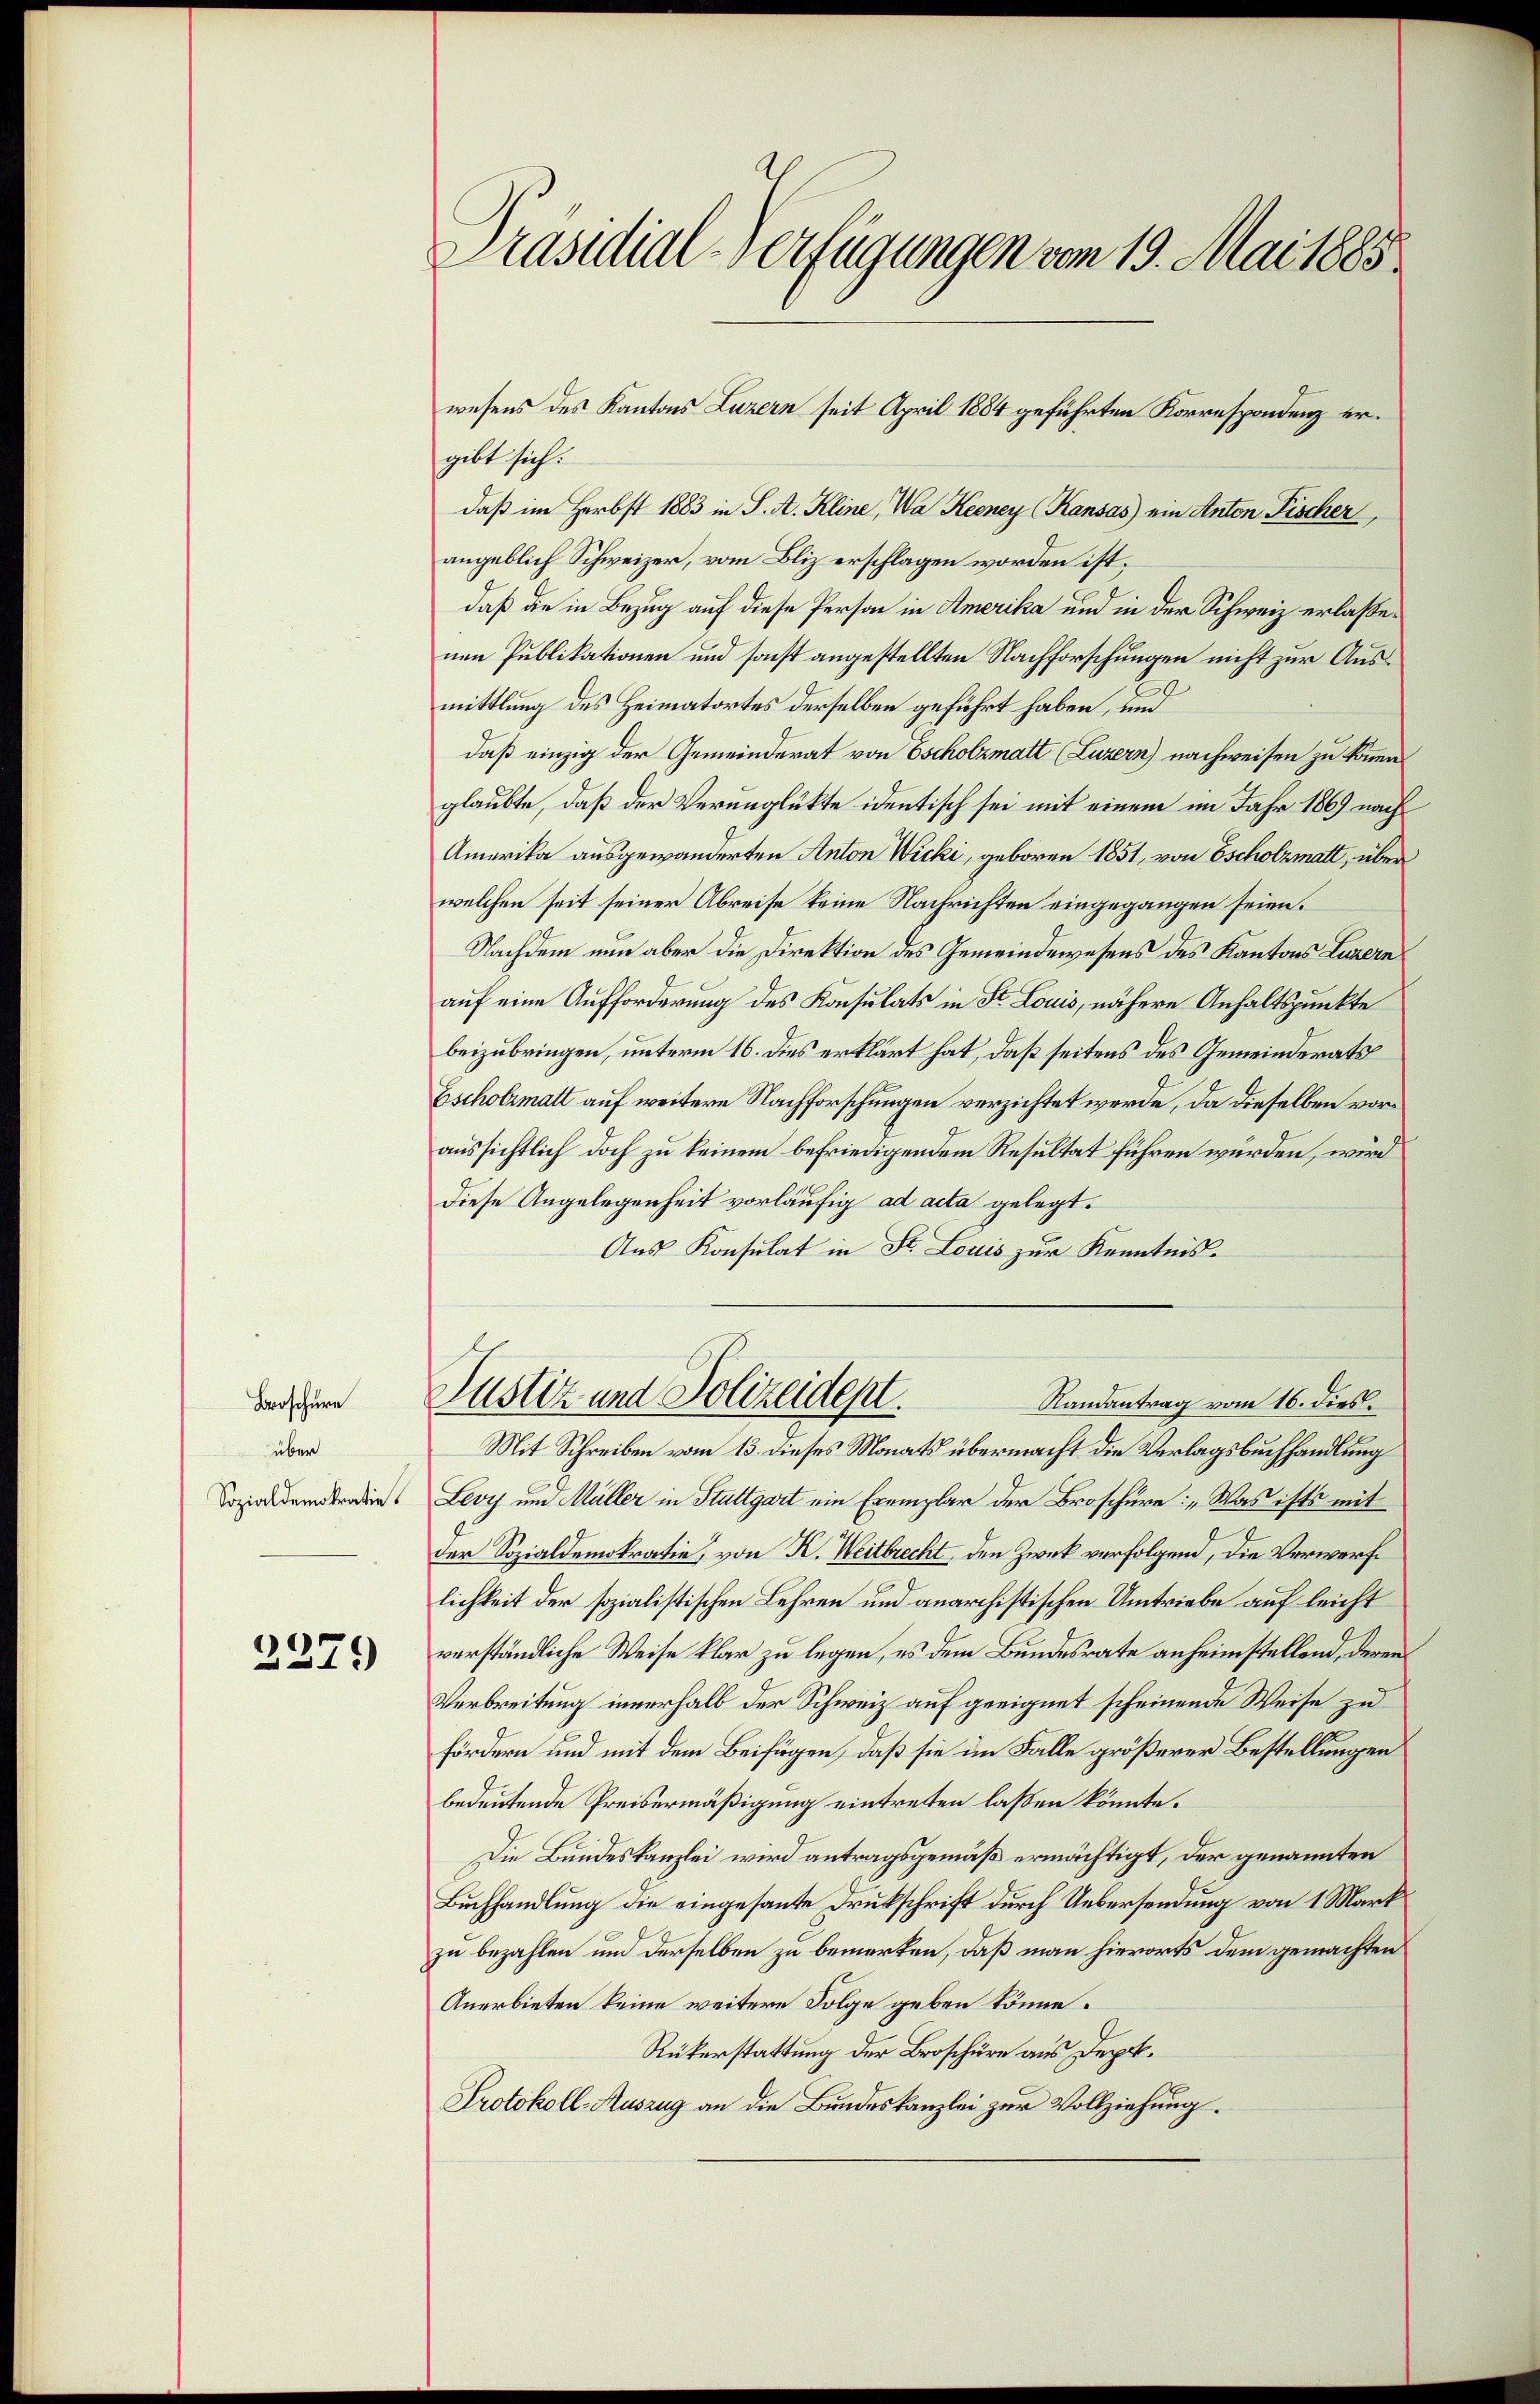
über
Sozialdemokratie.

Broschüre

2279

Präsidial-Verfügungen vom 19. Mai 1885

gibt sich:
daß im Herbst 1883 in S. A. Kline, Wa Kerney (Kansas) ein Anton Fischer,
angeblich Schweizer, vom Bliz erschlagen worden ist,
daß die in Bezug auf diese Person in Amerika und in der Schweiz erlaßenen Publikationen und sonst angestellten Nachforschungen nicht zur Aus¬
1
mittlung des Heimatortes derselben geführt haben, und
daß einzig der Gemeinderat von Escholzmatt (Luzern) nachweisen zu können.
glaubte, daß der Verunglükte identisch sei mit einem im Jahr 186) nach
Amerika ausgewanderten Anton Wicki, geboren 1851, von Escholzmatt, überwelchen seit seiner Abreise keine Nachrichten eingegangen seien.
Nachdem nun aber die Direktion des Gemeindewesens des Kantons Luzern
auf eine Aufforderung des Konsulats in St. Louis, nähere Anhaltspunkte
beizubringen, unterm 16. dies erklärt hat, daß seitens des Gemeinderats
Escholzmatt auf weitere Nachforschungen verzichtet werde, da dieselben voraussichtlich doch zu keinem befriedigendem Resultat führen würden, wird
diese Angelegenheit vorläufig ad acta gelegt.
Aus Konsulat in St. Louis zur Kenntnis.
Justiz und Polizeidept.
Randantrag vom 16. dies
Mit Schreiben vom 13. dieses Monats übermacht die Verlagsbuchhandlung
Levy um Müller in Stuttgart ein Exemplar der Broschüre: „Was ists mit
der Sozialdemokratie, von K. Weitbrecht, den Zweck verfolgend, die Verwerflichkeit der sozialistischen Lehren und anarchistischen Umtriebe auf leicht
verständliche Weise klar zu legen, es dem Bundesrate anheimstellend, deren
Verbreitung innerhalb der Schweiz auf geeignet scheinende Weise zu
fördern und mit dem Beifügen, daß sie im Falle größerer Bestellungen
bedeutende Preisermäßigung eintreten laßen könnte.
Die Bundeskanzlei wird antragsgemäß ermächtigt, der genannten
Buchhandlung die eingesante Drukschrift durch Uebersendung von 1 Mark
zu bezahlen und derselben zu bemerken, daß man hierorts dem gemachten
Anerbieten keine weitere Folge geben könne.
Rükerstattung der Broschüre aus Depo¬
Protokoll-Auszug an die Bundeskanzlei zur Vollziehung.

wesens des Kantons Luzern seit April 1884 geführten Korrespondenz er¬